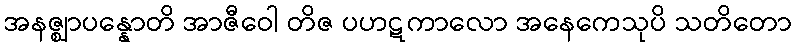
အနဇ္ဈာပန္နောတိ အာဇီဝေါ တိဇ ပဟဋကာလော အနေကေသုပိ သတိတော